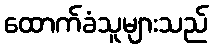
ထောက်ခံသူများသည်